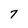
Character: 7